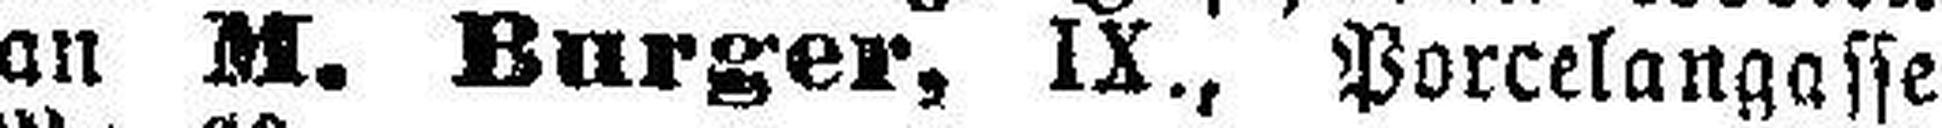
an M. Burger, IX., Porcelangasse